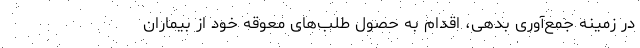
در زمینه جمع‌آوری بدهی، اقدام به حصول طلب‌های معوقه خود از بیماران